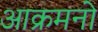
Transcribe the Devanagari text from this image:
आक्रमनो